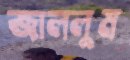
জাললুম